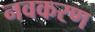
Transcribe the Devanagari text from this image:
नवकरण